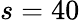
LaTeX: s=40